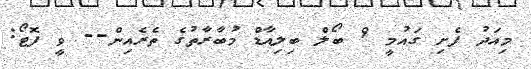
މިއަދު ފެށި ގައުމީ 9 ބޯލް ބިލިއާޑް މުބާރާތުގެ ތެރެއިން-- ވީ ފޮޓޯ: